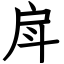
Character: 戽